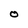
Character: O